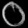
Digit: ၀